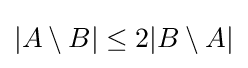
|A\setminus B|\leq 2|B\setminus A|